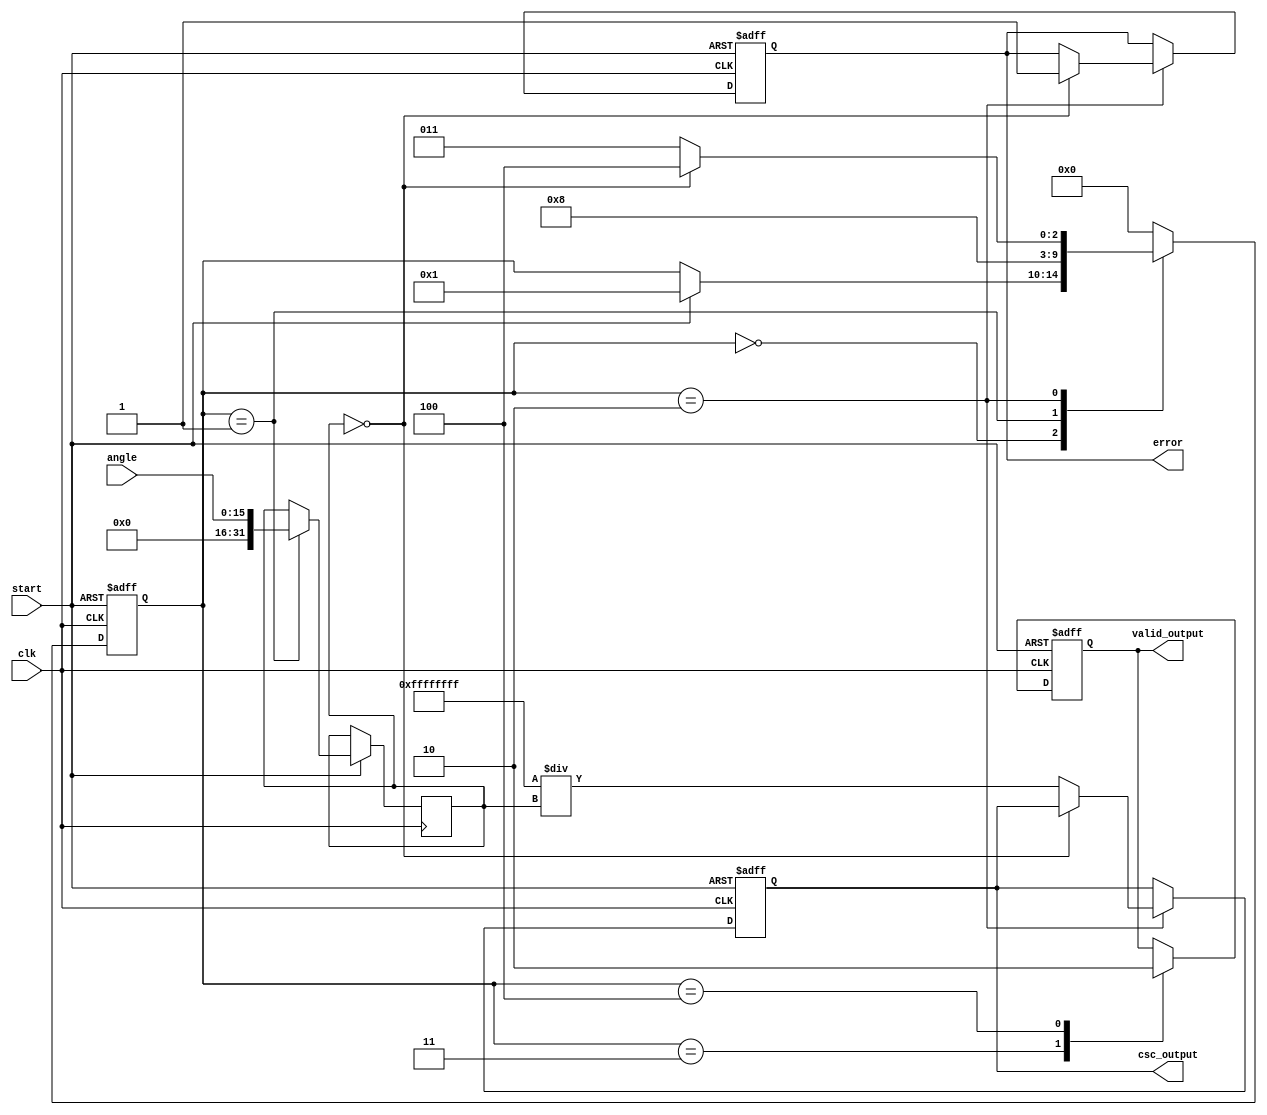
module CosecantCalculator (
    input wire [15:0] angle,         // Input angle (fixed point representation)
    input wire clk,                  // Clock signal
    input wire start,                // Signal to start computation
    output reg [31:0] csc_output,    // Cosecant result (fixed point 32-bit)
    output reg valid_output,          // Output valid flag
    output reg error                 // Error flag (division by zero)
);
    
    // Internal signals
    reg [31:0] sin_value;            // Placeholder for sine value
    reg computing;                   // Busy flag
    reg [4:0] state;                 // FSM state
           
    // Simple approximation or look-up for sine calculation can go here
    function [31:0] compute_sine;
        input [15:0] angle;
        // Simple sine approximation (e.g., Taylor series or LUT needed)
        begin
            // Example: Using Taylor series, LUT etc. should go here
            // This is a placeholder for an actual sine computation
            compute_sine = angle; // Just a placeholder
        end
    endfunction

    // FSM states
    parameter IDLE = 3'b000,
              COMPUTE_SINE = 3'b001,
              RECIPROCAL = 3'b010,
              OUTPUT_RESULT = 3'b011,
              ERROR_STATE = 3'b100;

    // FSM logic
    always @(posedge clk or negedge start) begin
        if (!start) begin
            state <= IDLE;
            valid_output <= 0;
            error <= 0;
            csc_output <= 32'h0;
            computing <= 0;
        end else begin
            computing <= 1;
            case (state)
                IDLE: 
                    begin
                        if (start) begin
                            state <= COMPUTE_SINE;
                        end
                    end
                    
                COMPUTE_SINE: 
                    begin
                        sin_value <= compute_sine(angle);
                        state <= RECIPROCAL;
                    end
                    
                RECIPROCAL: 
                    begin
                        if (sin_value == 0) begin
                            error <= 1; // Division by zero
                            state <= ERROR_STATE;
                        end else begin
                            csc_output <= 32'hFFFFFFFF / sin_value; // Simple reciprocal
                            state <= OUTPUT_RESULT;
                        end
                    end
                
                OUTPUT_RESULT: 
                    begin
                        valid_output <= 1; // Valid output
                        state <= IDLE; // Go back to idle after output
                    end
                
                ERROR_STATE: 
                    begin
                        valid_output <= 0;
                        // Error handling logic here
                        state <= IDLE;
                    end
                
                default: 
                    state <= IDLE;
            endcase
        end
    end

endmodule